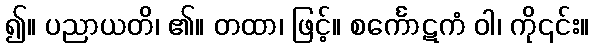
၍။ ပညာယတိ၊ ၏။ တထာ၊ ဖြင့်။ စင်္ကောဋကံ ဝါ၊ ကို၎င်း။